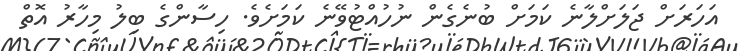
އަހަރަށް ޖަލަށްލާނެ ކަމަށް ބުނެގެން ނުހުއްޓުވޭނެ ކަމަށެވެ. ހިސާންގެ ބިލު މިހާރު އޮތް